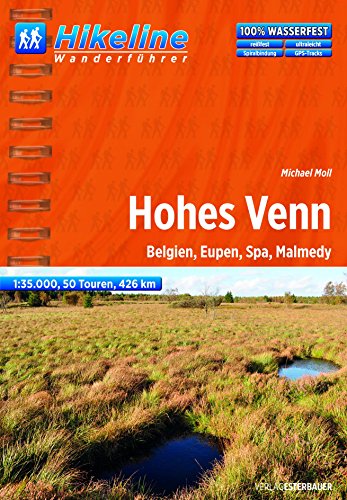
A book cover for Hohes Venn Wanderfuehrer Belgien, Eupen, Spa, Malmedy: BIKEWF.BE.30; Travel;